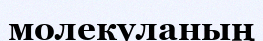
молекуланың